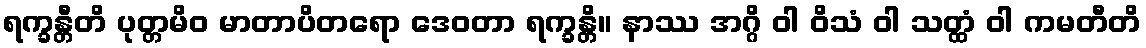
ရက္ခန္တီတိ ပုတ္တမိဝ မာတာပိတရော ဒေဝတာ ရက္ခန္တိ။ နာဿ အဂ္ဂိ ဝါ ဝိသံ ဝါ သတ္ထံ ဝါ ကမတီတိ